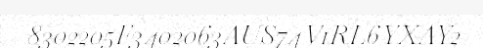
8302205F3402063AUS74V1RL6YXAY2